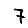
Digit: 7